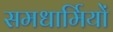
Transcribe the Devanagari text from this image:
समधार्मियों